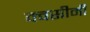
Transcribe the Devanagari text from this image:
क्वसीमी